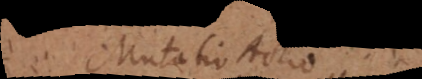
Mutatio. Actio